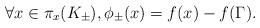
LaTeX: \begin{align*} \forall x \in \pi_{x} ( K_{\pm} ) , \phi_{\pm} ( x ) = f ( x ) - f ( \Gamma ) .\end{align*}